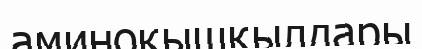
аминоқышқылдары